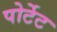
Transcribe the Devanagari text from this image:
पोर्टेट